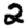
Digit: 2